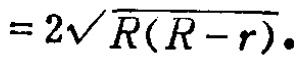
$=2\sqrt{R(R - r)}.$